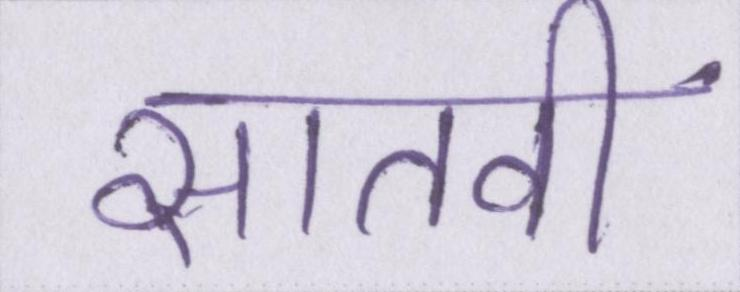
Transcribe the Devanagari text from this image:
सातवीं